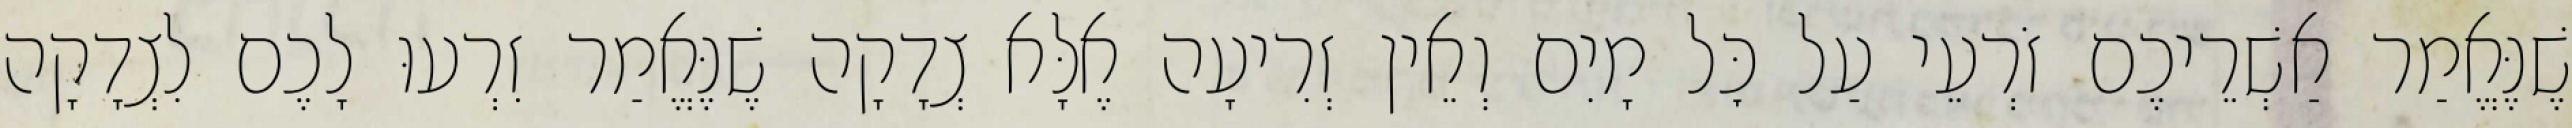
שֶׁנֶּאֱמַר אַשְׁרֵיכֶם זֹרְעֵי עַל כׇּל מָיִם וְאֵין זְרִיעָה אֶלָּא צְדָקָה שֶׁנֶּאֱמַר זִרְעוּ לָכֶם לִצְדָקָה